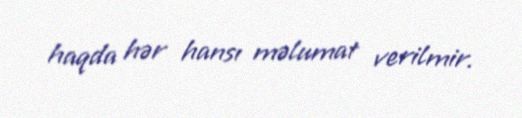
haqda hər hansı məlumat verilmir.